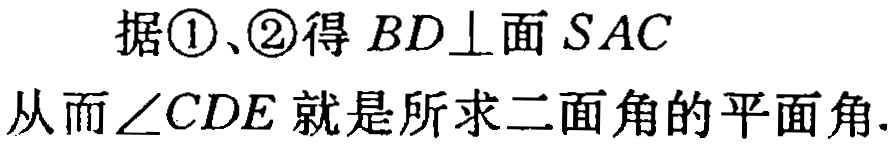
据\textcircled{1}、\textcircled{2}得 \(BD\perp\)面 \(SAC\)

从而\(\angle CDE\)就是所求二面角的平面角.